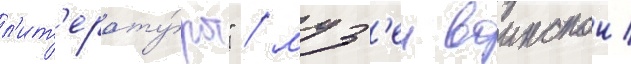
л'ит'ерату́ры" / муз'еи воинскои